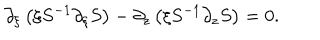
\partial _ { \xi } \left( \xi S ^ { - 1 } \partial _ { \xi } S \right) - \partial _ { z } \left( \xi S ^ { - 1 } \partial _ { z } S \right) = 0 .